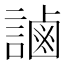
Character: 𧫓